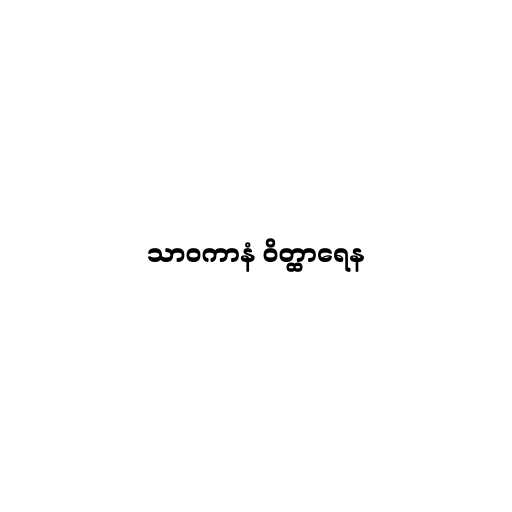
သာဝကာနံ ဝိတ္ထာရေန